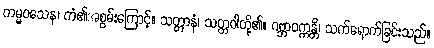
ကမ္မဝသေန၊ ကံ၏အစွမ်းကြောင့်။ သတ္တာနံ၊ သတ္တဝါတို့၏။ ဂဗ္ဘာဝက္ကန္တိ၊ သက်ရောက်ခြင်းသည်။